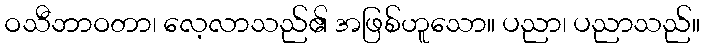
ဝသီဘာဝတာ၊ လေ့လာသည်၏ အဖြစ်ဟူသော။ ပညာ၊ ပညာသည်။